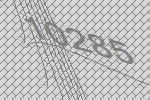
10285